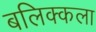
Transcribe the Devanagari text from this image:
बलिक्कला